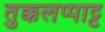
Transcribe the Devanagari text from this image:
तुक्कलप्पाट्ट